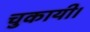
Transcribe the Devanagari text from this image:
चुकायी।